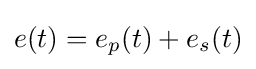
e(t)=e_{p}(t)+e_{s}(t)